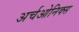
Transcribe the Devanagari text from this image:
अर्चओनिक्स